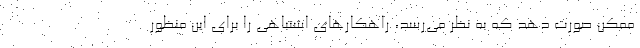
ممکن صورت دهد که به نظر می‌رسد، راهکارهای اشتباهی را برای این منظور